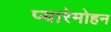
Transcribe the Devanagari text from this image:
प्यारेमोहन